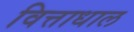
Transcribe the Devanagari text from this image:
वित्ताधाल